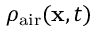
\rho _ { \mathrm { a i r } } ( \mathbf x , t )